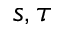
s , \tau